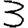
Digit: 3